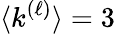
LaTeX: \langle k^{(\ell)}\rangle=3